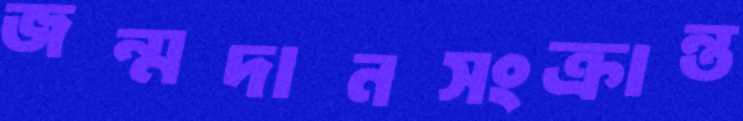
জন্মদানসংক্রান্ত